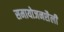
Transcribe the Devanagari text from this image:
समायोजनशैली